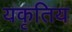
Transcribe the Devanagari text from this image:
यकृतिय